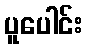
ပူပေါင်း